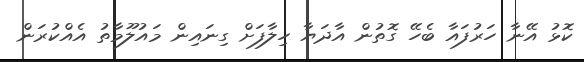
ކޮޅު އޭނާ ހަރުފައާ ބެހޭ ގޮތުން އާދަޔާ ހިލާފަށް ގިނައިން މައުލޫމާތު އެއްކުރަން